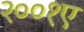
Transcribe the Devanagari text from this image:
२००१ए